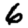
Digit: 6